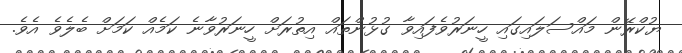
ޔުކްރޭން މައްސަލައިގައި ހީނަރުވެފައިވާ ގުޅުންތައް އިތުރަށް ހީނަރުވާނެ ކަމެއް ކަމަށް ބެލެވެ އެވެ.